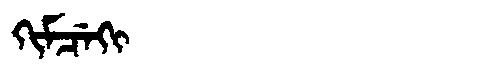
Manchu: ᡴᡳᠮᠴᡝᡴᡳ
Romanization: KIMCEKI